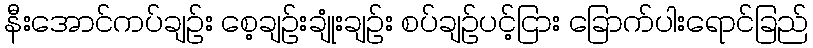
နီးအောင်ကပ်ချဉ်း စေ့ချဉ်းချုံးချဉ်း စပ်ချဉ်ပင့်ငြား ခြောက်ပါးရောင်ခြည်